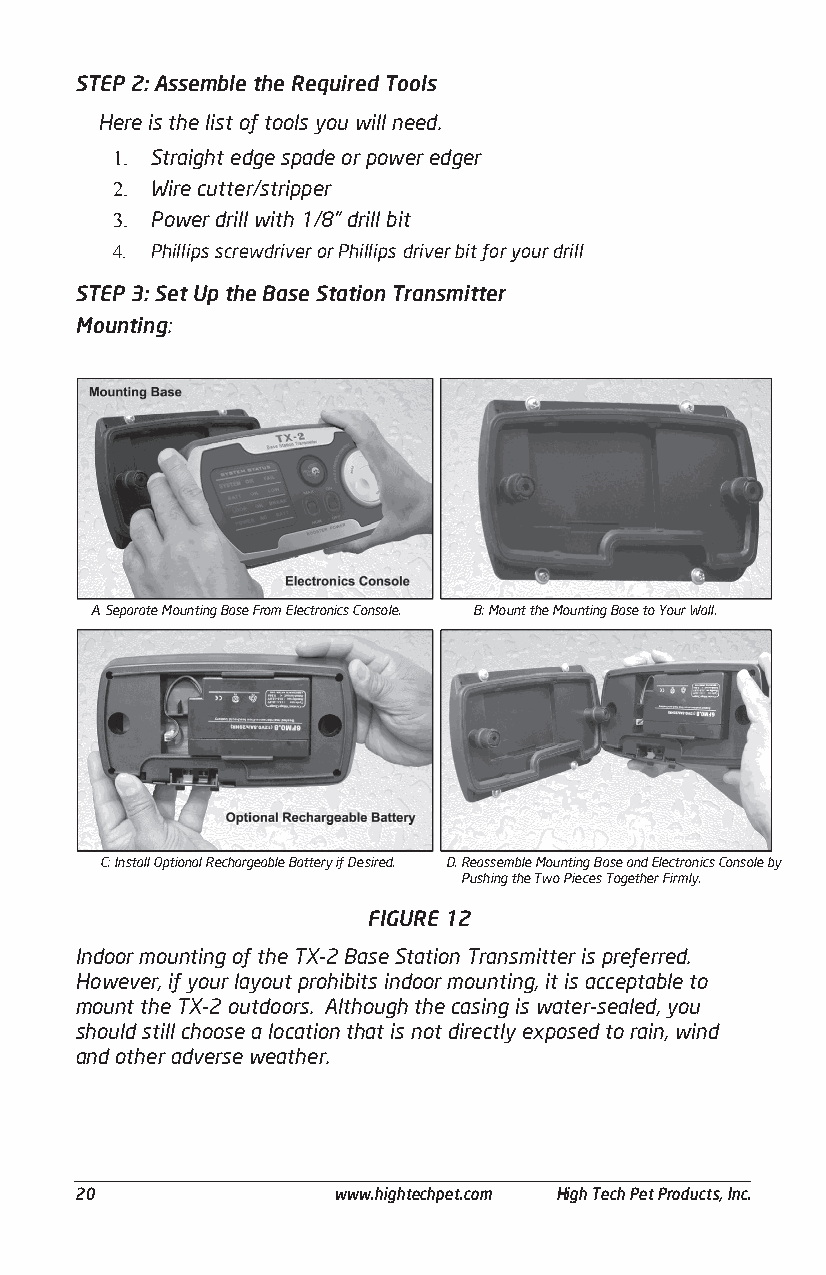
STEP 2: Assemble the Required Tools
 Here is the list of tools you will need.
 1. Straight edge spade or power edger
 2. Wire cutter/stripper
 3. Power drill with 1/8” drill bit
 4. Phillips screwdriver or Phillips driver bit for your drill
 STEP 3: Set Up the Base Station Transmitter
 Mounting:
 A. Separate Mounting Base From Electronics Console. B: Mount the Mounting Base to Your Wall.
 C: Install Optional Rechargeable Battery if Desired. D. R eassemble Mounting Base and Electronics Console by
 Pushing the Two Pieces Together Firmly.
 FIGURE 12
 Indoor mounting of the TX-2 Base Station Transmitter is preferred.
 However, if your layout prohibits indoor mounting, it is acceptable to
 mount the TX-2 outdoors. Although the casing is water-sealed, you
 should still choose a location that is not directly exposed to rain, wind
 and other adverse weather.
 ______________________________________________________________________________________
 20               www.hightechpet.com High Tech Pet Products, Inc.